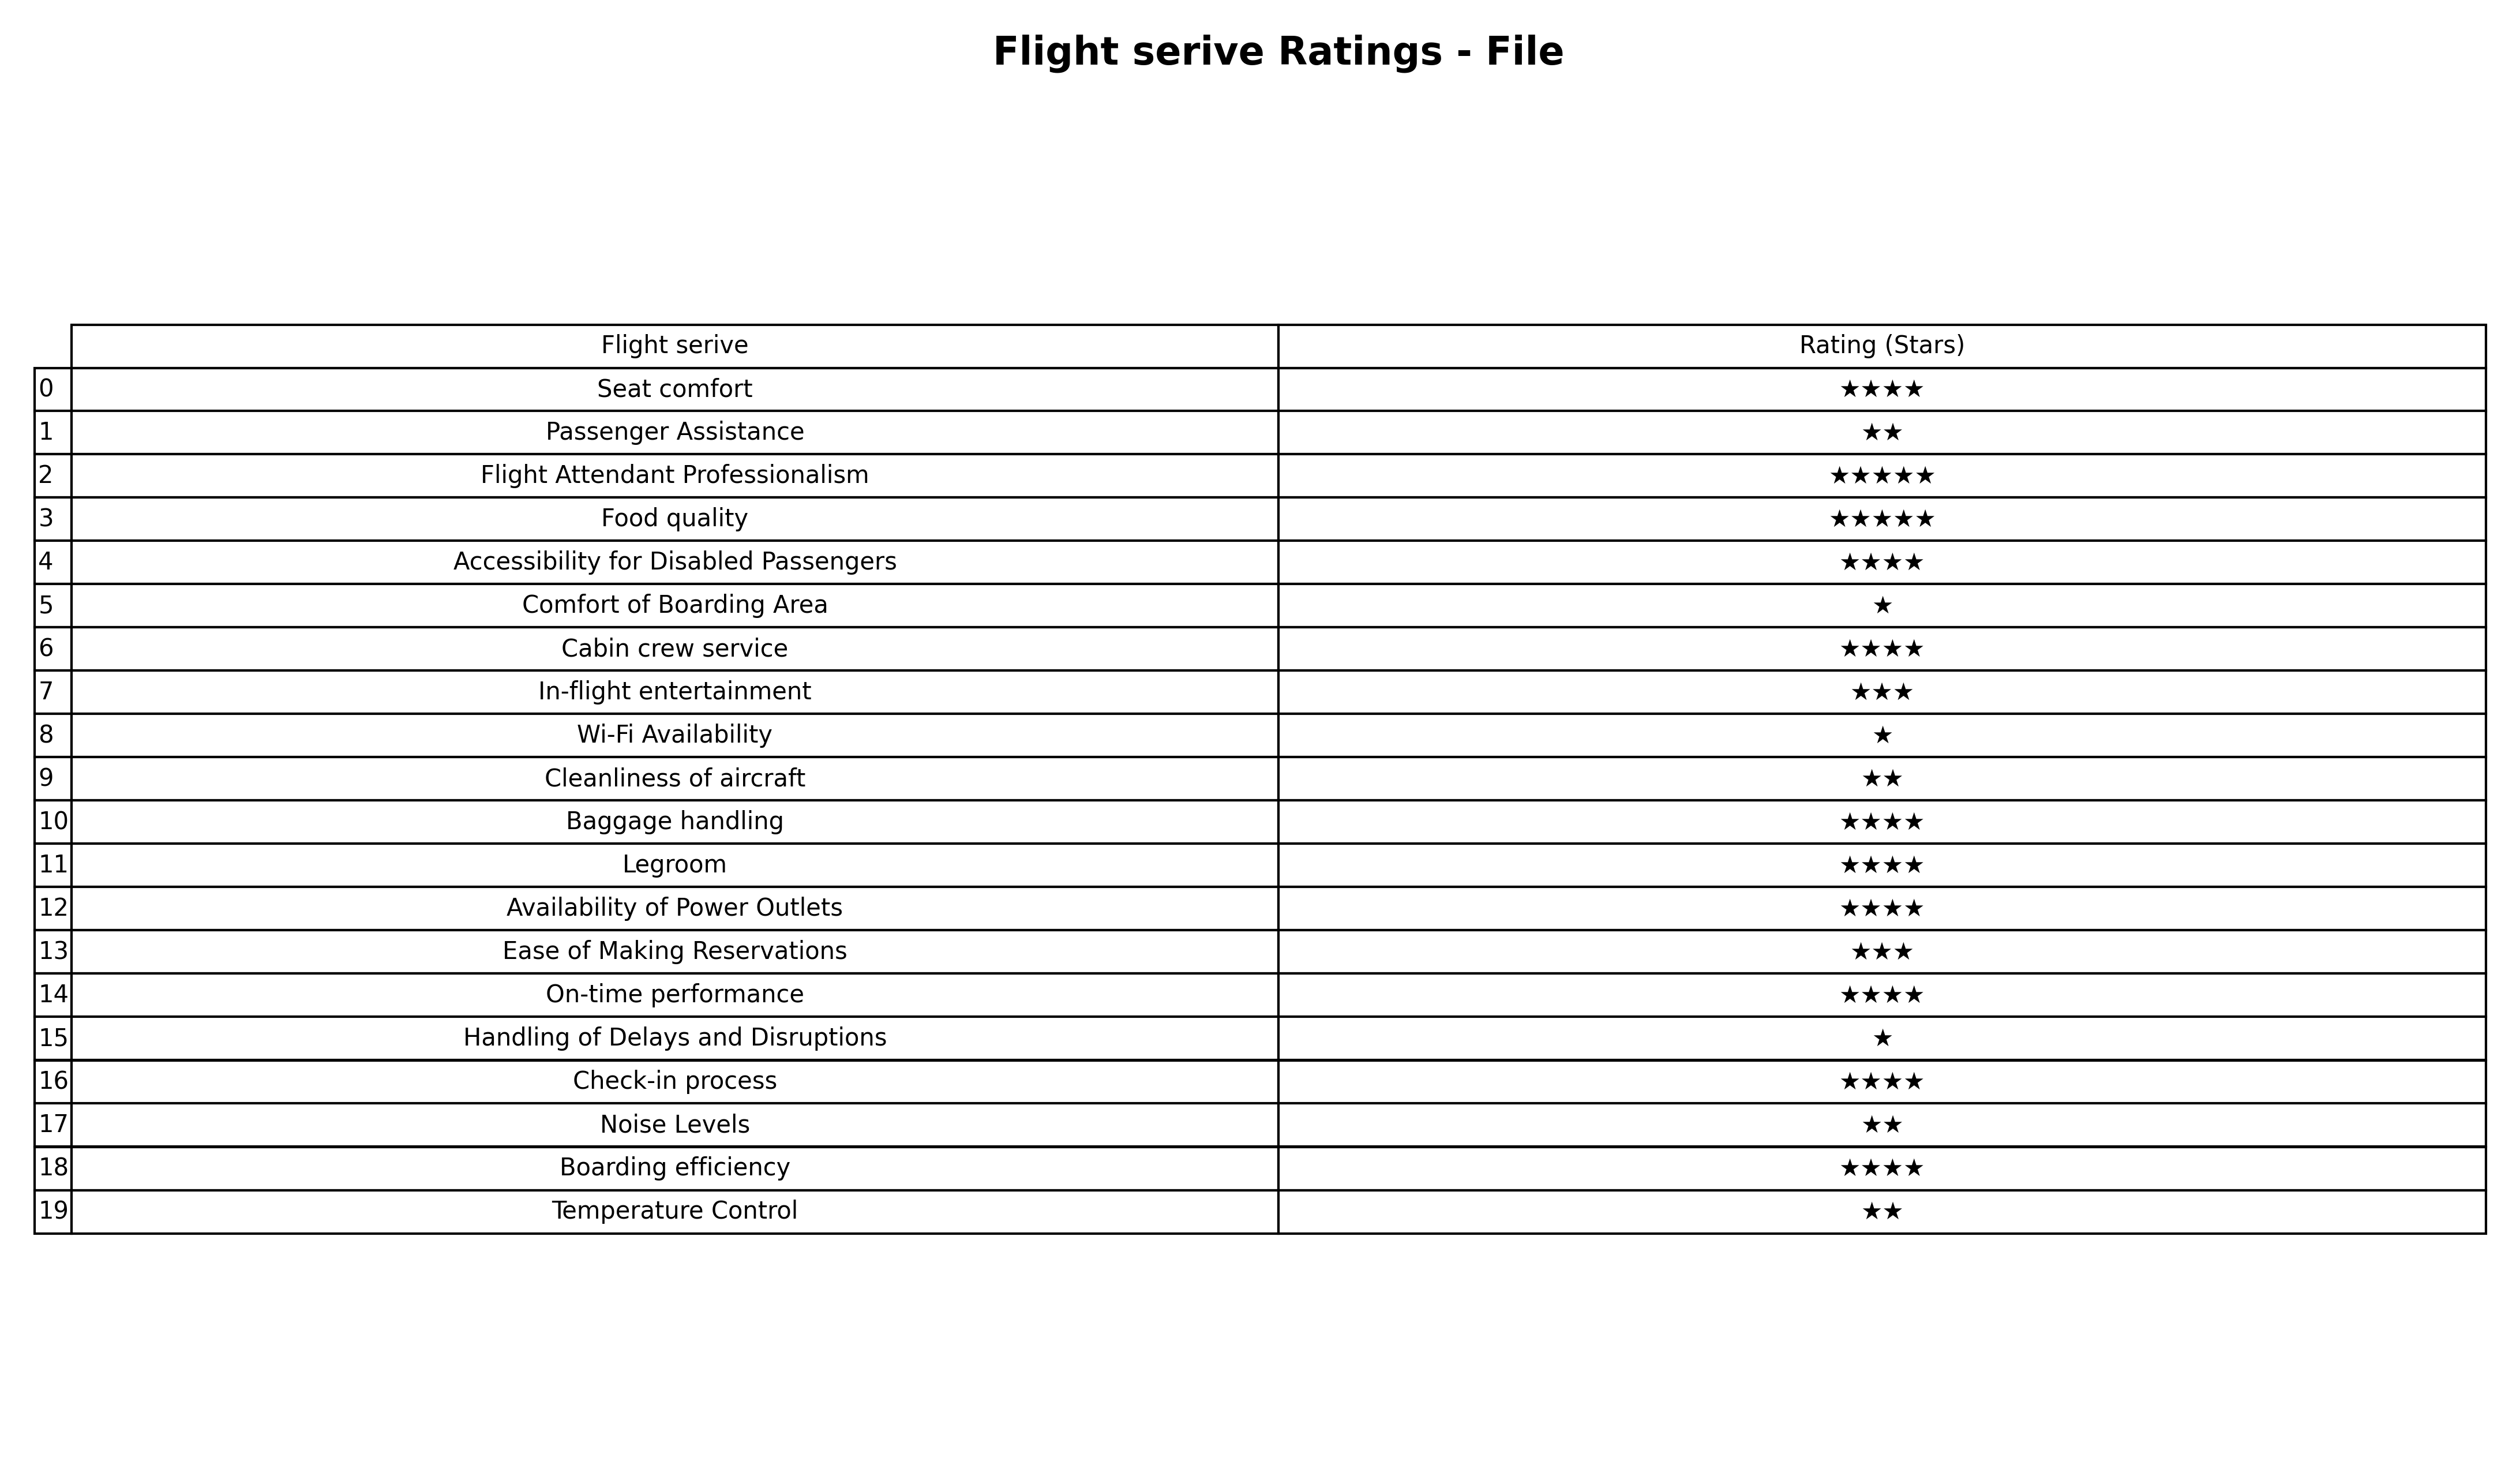
question: Which services are rated average?
answer: In-flight entertainmentEase of Making Reservations